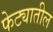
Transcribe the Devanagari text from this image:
फेट्यातील